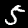
Digit: 5